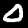
Label: 0